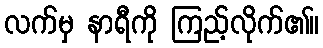
လက်မှ နာရီကို ကြည့်လိုက်၏။